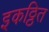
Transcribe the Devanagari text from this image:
इकठ्ठित